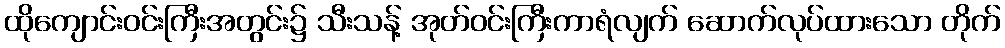
ထိုကျောင်းဝင်းကြီးအတွင်း၌ သီးသန့် အုတ်ဝင်းကြီးကာရံလျက် ဆောက်လုပ်ထားသော တိုက်